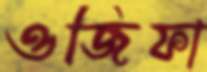
ওজিফা